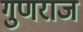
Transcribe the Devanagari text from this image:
गुणराज